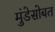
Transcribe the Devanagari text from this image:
मुंडेसोबत